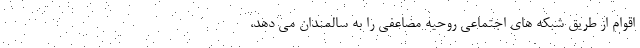
اقوام از طریق شبکه های اجتماعی روحیه مضاعفی را به سالمندان می دهد،